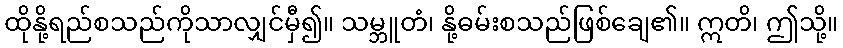
ထိုနို့ရည်စသည်ကိုသာလျှင်မှီ၍။ သမ္ဘူတံ၊ နို့ဓမ်းစသည်ဖြစ်ချေ၏။ ဣတိ၊ ဤသို့။